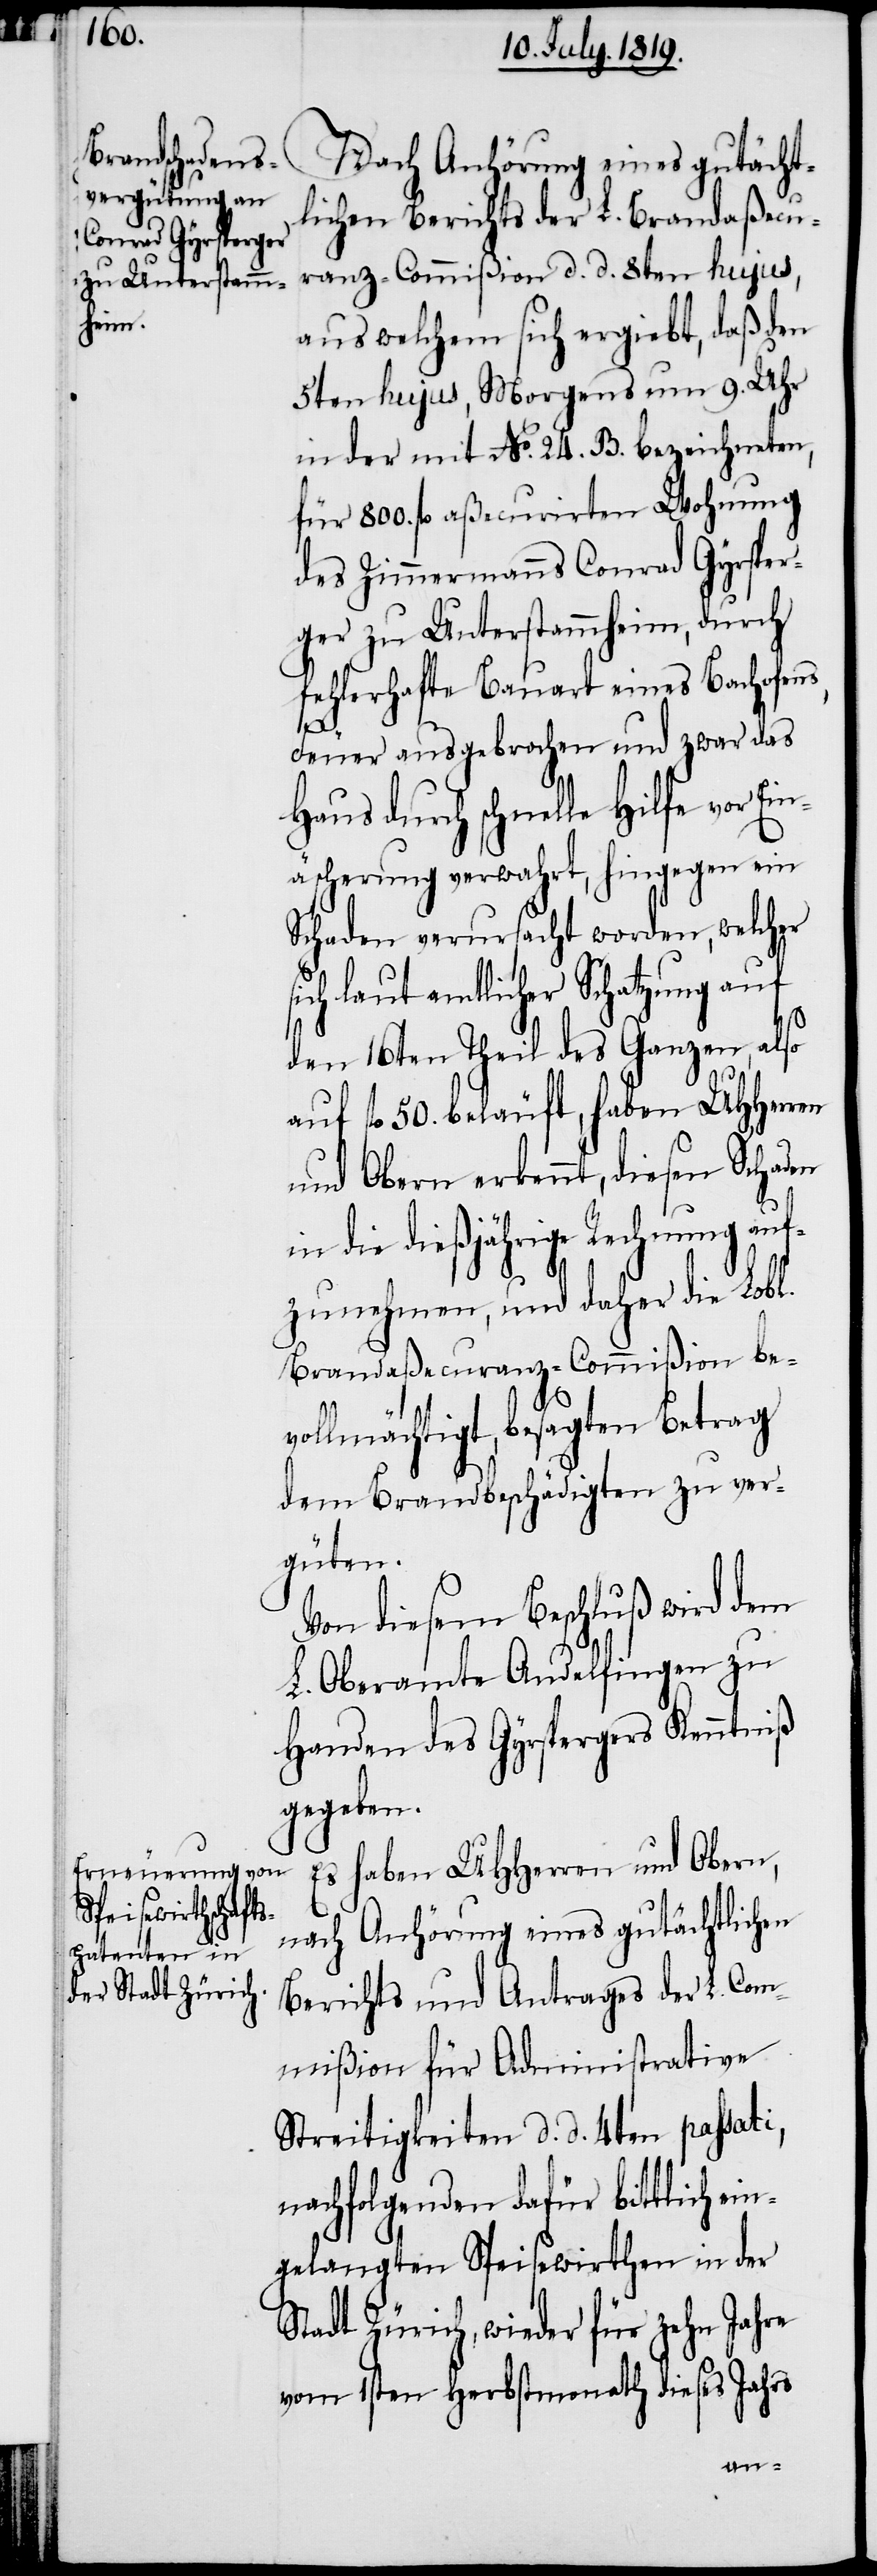
Nach Anhörung eines gutächt¬
lichen Berichts der L. Brandaßecu¬
ranz-Commißion d. d. 8ten hujus,
aus welchem sich ergiebt, daß den
5ten hujus, Morgens um 9. Uhr
in der mit No. 24. B. bezeichneten,
für 800. fl. aßecurirten Wohnung
des Zimmermanns Conrad Gyrsper¬
ger zu Unterstammheim, durch
fehlerhafte Bauart eines Bachofens,
Feuer ausgebrochen und zwar das
Haus durch schnelle Hilfe von Ein¬
äscherung verwahrt, hingegen ein
Schaden verursacht worden, welcher
sich laut amtlicher Schatzung auf
den 16ten Theil des Ganzen, also
auf fl. 50. beläuft, haben UHHerren
und Obern erkennt, diesen Schaden
in die dießjährige Rechnung auf¬
zunehmen, und daher die Lobl.
Brandaßecuranz-Commißion be¬
vollmächtigt, besagten Betrag
dem Brandbeschädigten zu ver¬
güten.
Von diesem Beschluß wird dem
L. Oberamte Andelfingen zu
Handen des Gyrspergers Kenntniß
gegeben.
Es haben UHHerren und Obern,
nach Anhörung eines gutächtlichen
Berichts und Antrages der L. Com¬
mißion für Administrative
Streitigkeiten d. d. 4ten passati,
nachfolgenden dafür bittlich ein¬
gelangten Speisewirthen in der
Stadt Zürich, wieder für zehn Jahre
vom 1sten Herbstmonath dieses Jahrs